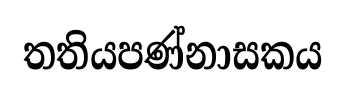
තතියපණ්නාසකය